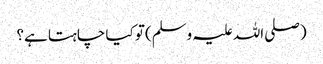
(صلی اللہ علیہ وسلم) تو کیا چاہتا ہے؟